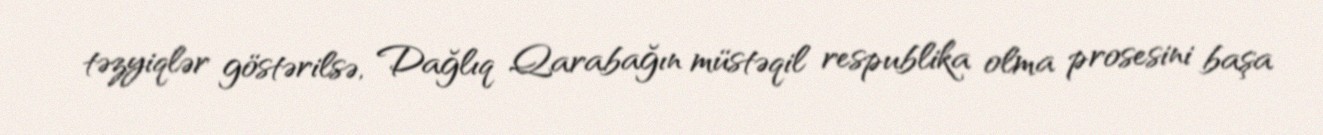
təzyiqlər göstərilsə, Dağlıq Qarabağın müstəqil respublika olma prosesini başa